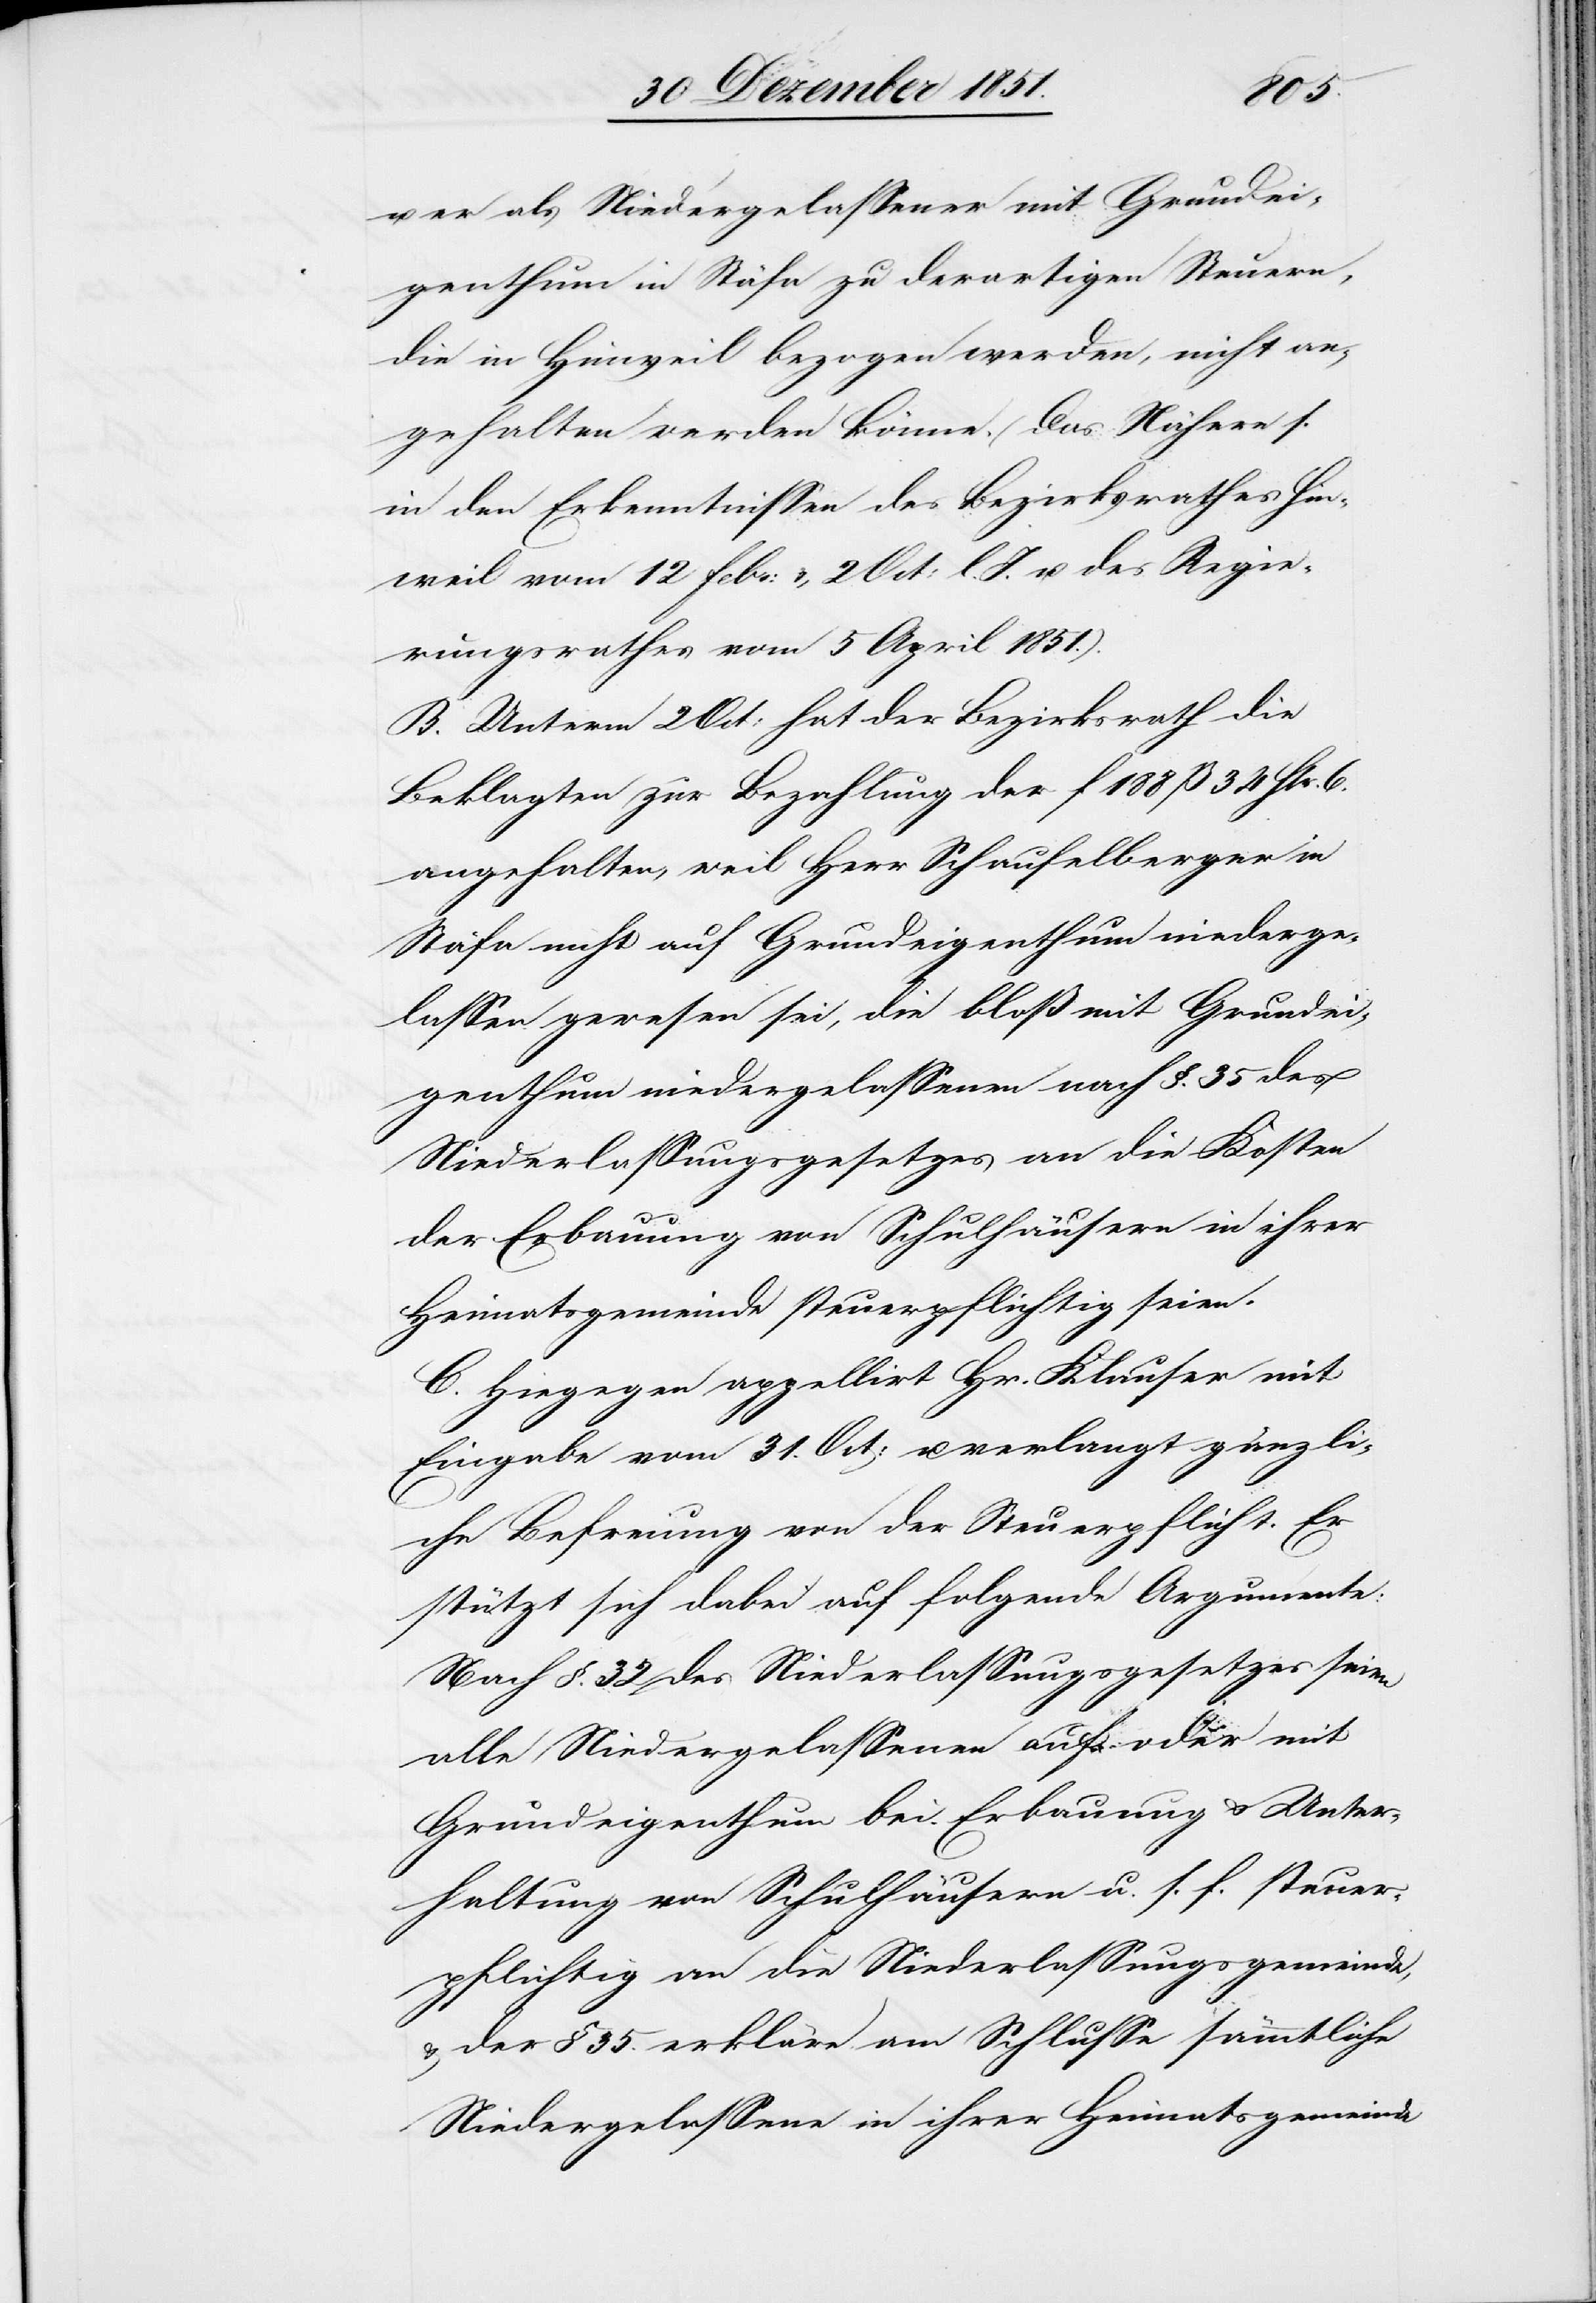
u.
er als Niedergelassener mit Grundei¬
genthum in Stäfa zu derartigen Steuern,
die in Hinweil bezogen werden, nicht an¬
gehalten werden könne. (Das Nähere s.
in den Erkenntnissen des Bezirksrathes Hin¬
weil vom 12 Febr: & 2 Oct: l. J. u. des Regie¬
rungsrathes vom 5 April 1851.).
B. Unterm 2 Oct: hat der Bezirksrath die
Beklagten zur Bezahlung der f 188 ß 34 Hlr. 6.
angehalten, weil Herr Schaufelberger in
Stäfa nicht auf Grundeigenthum niederge¬
lassen gewesen sei, die bloß mit Grundei¬
genthum niedergelassenen [sic!] nach §. 35 des
Niederlassungsgesetzes an die Kosten
der Erbauung von Schulhäusern in ihrer
Heimatsgemeinde steuerpflichtig seien.
C. Hiegegen appellirt Hr. Klauser mit
Eingabe vom 31. Oct: u. verlangt gänzli¬
che Befreiung von der Steuerpflicht. Er
stützt sich dabei auf folgende Argumente:
Nach §. 32 des Niederlassungsgesetzes seien
alle Niedergelassenen auf oder mit
Grundeigenthum bei Erbauung & Unter¬
haltung von Schulhäusern u. s. f. steuer¬
pflichtig an die Niederlassungsgemeinde,
& der § 35. erkläre am Schlusse sämmtliche
Niedergelassene in ihrer Heimatsgemeinde